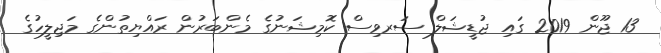
13 ޖޫން 2019 ގައި ޖުޑީޝަލް ސަރވިސް ކޮމިޝަނުގެ މެންބަރުން ރައްޔިތުންގެ މަޖިލީހުގެ